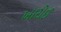
ખારોઈ